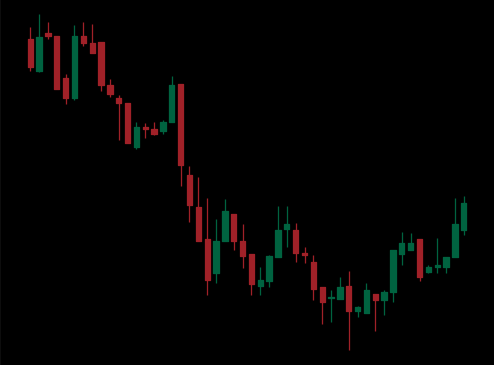
Pattern: bull_flag